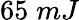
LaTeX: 65\; mJ